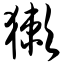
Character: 獭